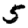
Digit: 5